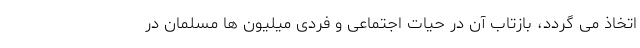
اتخاذ می گردد، بازتاب آن در حیات اجتماعی و فردی میلیون ها مسلمان در